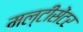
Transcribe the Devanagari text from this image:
मल्टीसेंटर